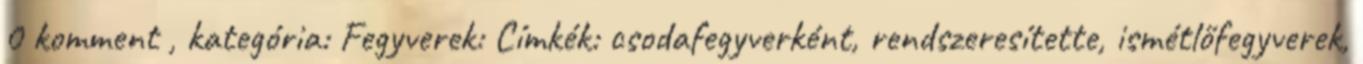
0 komment , kategória: Fegyverek: Címkék: csodafegyverként, rendszeresítette, ismétlőfegyverek,